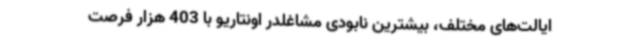
ایالت‌های مختلف، بیشترین نابودی مشاغلدر اونتاریو با 403 هزار فرصت